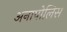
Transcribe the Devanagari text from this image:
अनापोलिस